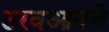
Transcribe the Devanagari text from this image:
ठरवआयचे